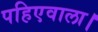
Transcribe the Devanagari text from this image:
पहिएवाला।